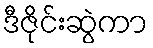
ဒီဇိုင်းဆွဲကာ